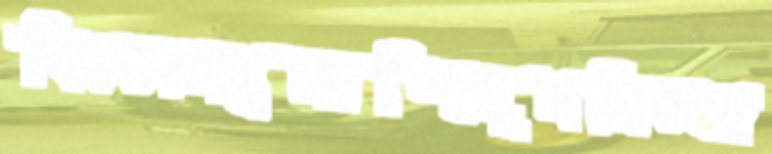
বিকতামজ্বলাচ্ছিলুমনিত্যর